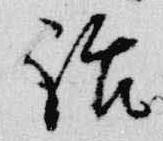
話